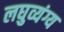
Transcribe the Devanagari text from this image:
लघुव्यंग्य